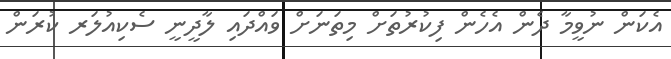
އެކަން ނުވީމާ ދެން އެހެން ފިކުރުތަށް މިތަނަށް ވައްދައި ލާދީނީ ސެކިއުލަރ ކުރަން